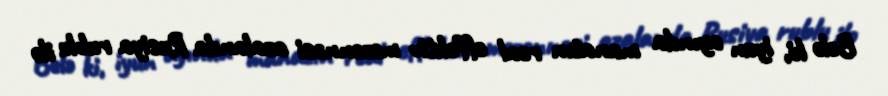
Belə ki, iyun ayında manatın real effektiv məzənnəsi azalanda Rusiya rublu ilə